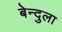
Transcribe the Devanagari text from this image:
बेन्दुला